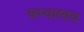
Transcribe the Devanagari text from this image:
अभ्यारण्य